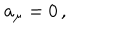
LaTeX: { a } _ { \mu } = 0 \, , \; \;